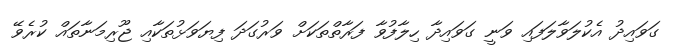
ގަވައިދު އެކުލަވާލަފައި ވަނީ ގަވައިދާ ހިލާފުވާ ފަރާތްތަކަށް ވަރުގަދަ ފިޔަވަޅުތަކާއި ޖޫރިމަނާތައް ކުރެވޭ